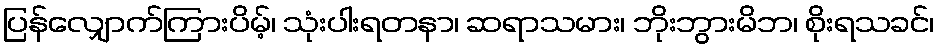
ပြန်လျှောက်ကြားပိမ့်၊ သုံးပါးရတနာ၊ ဆရာသမား၊ ဘိုးဘွားမိဘ၊ စိုးရသခင်၊